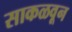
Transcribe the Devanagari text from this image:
साकळवून